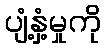
ပျံ့နှံ့မှုကို